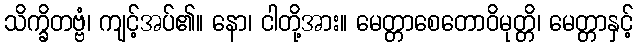
သိက္ခိတဗ္ဗံ၊ ကျင့်အပ်၏။ နော၊ ငါတို့အား။ မေတ္တာစေတောဝိမုတ္တိ၊ မေတ္တာနှင့်